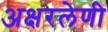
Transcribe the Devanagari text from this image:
अक्षरलेणी